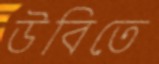
উবিতে